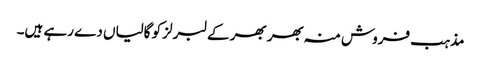
مذہب فروش منہ بھر بھر کے لبرلز کو گالیاں دے رہے ہیں۔